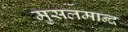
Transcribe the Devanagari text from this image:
मुसलमान्द